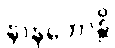
နာနုဘောန္တိ